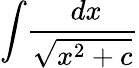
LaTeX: \int\! {\frac{\ dx}{\sqrt{x^{2}+c}}}